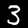
Digit: 3